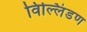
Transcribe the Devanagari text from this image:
विल्लिंडण